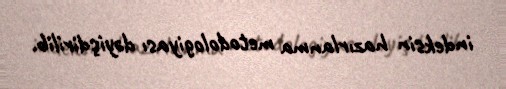
indeksin hazırlanma metodologiyası dəyişdirilib.